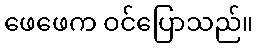
ဖေဖေက ဝင်ပြောသည်။